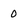
Character: 0